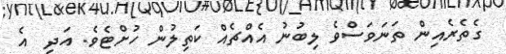
ގެތެރެއިން ތަނަވަސްވެ ލިބުނު އެއްޗެއް ކަތިލުން ހުށްޓެވެ. އަދި  އެ